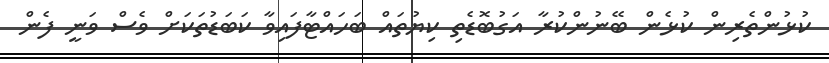
ކުޅުންތެރިން ކުޅެން ބޭނުންކުރާ އަގުބޮޑެތި ކިޔުތައް ބަހައްޓާފައިވާ ކަބަޑުތަކަށް ވެސް ވަނީ ފެން